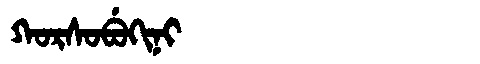
Manchu: ᡴᠣᡵᠰᠣᠪᡠᡴᡳᠨᡳ
Romanization: KORSOBUKINI